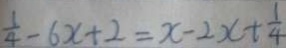
\frac { 1 } { 4 } - 6 x + 2 = x - 2 x + \frac { 1 } { 4 }